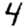
Digit: 4